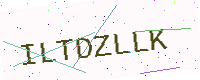
Text: ILTDZLLK